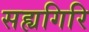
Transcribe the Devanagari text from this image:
सह्यगिरि